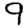
Digit: 9